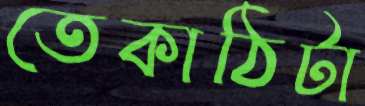
তেকাঠিটা